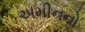
અમીનનો